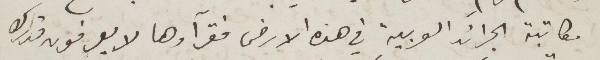
مكاتبة الجرائد العربية في هذه الأرض فقرآوها لا يعرفون قدرك